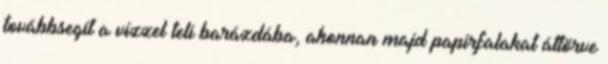
továbbsegít a vízzel teli barázdába, ahonnan majd papírfalakat áttörve